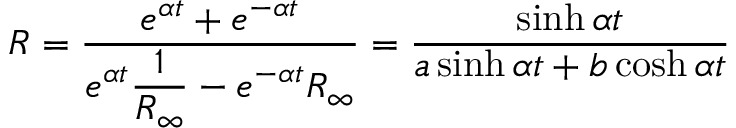
R = \frac { \displaystyle e ^ { \alpha t } + e ^ { - \alpha t } } { \displaystyle e ^ { \alpha t } \frac { 1 } { R _ { \infty } } - e ^ { - \alpha t } R _ { \infty } } = \frac { \sinh { \alpha t } } { a \sinh { \alpha t } + b \cosh { \alpha t } }